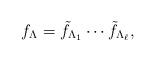
LaTeX: \begin{align*} f_\Lambda = \tilde f_{\Lambda_1}\cdots\tilde f_{\Lambda_\ell},\end{align*}